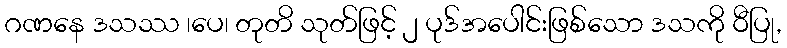
ဂဏနေ ဒသဿ ၊ပေ၊ တုတိ သုတ်ဖြင့် ၂ ပုဒ်အပေါင်းဖြစ်သော ဒသကို ဝီပြု,